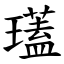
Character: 瓂